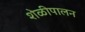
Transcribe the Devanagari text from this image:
शेळीपालन